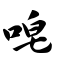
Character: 唣